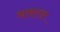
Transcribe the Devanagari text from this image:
थाबतात